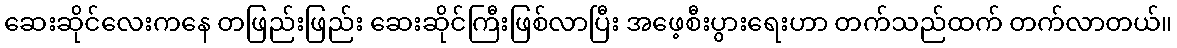
ဆေးဆိုင်လေးကနေ တဖြည်းဖြည်း ဆေးဆိုင်ကြီးဖြစ်လာပြီး အဖေ့စီးပွားရေးဟာ တက်သည်ထက် တက်လာတယ်။